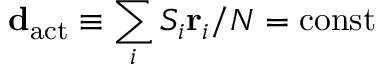
{ \bf d } _ { \mathrm { a c t } } \equiv \sum _ { i } S _ { i } { { \bf r } _ { i } } / N = \mathrm { c o n s t }